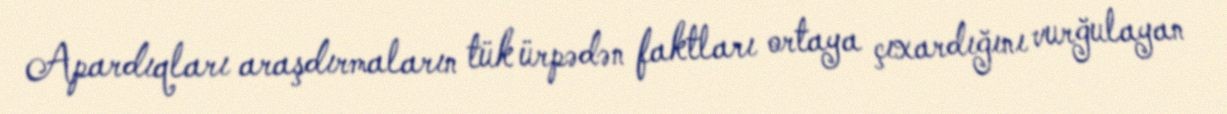
Apardıqları araşdırmaların tük ürpədən faktları ortaya çıxardığını vurğulayan